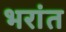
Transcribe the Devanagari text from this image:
भरांत